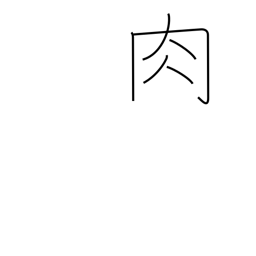
Meaning: meat